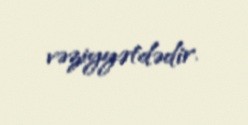
vəziyyətdədir.